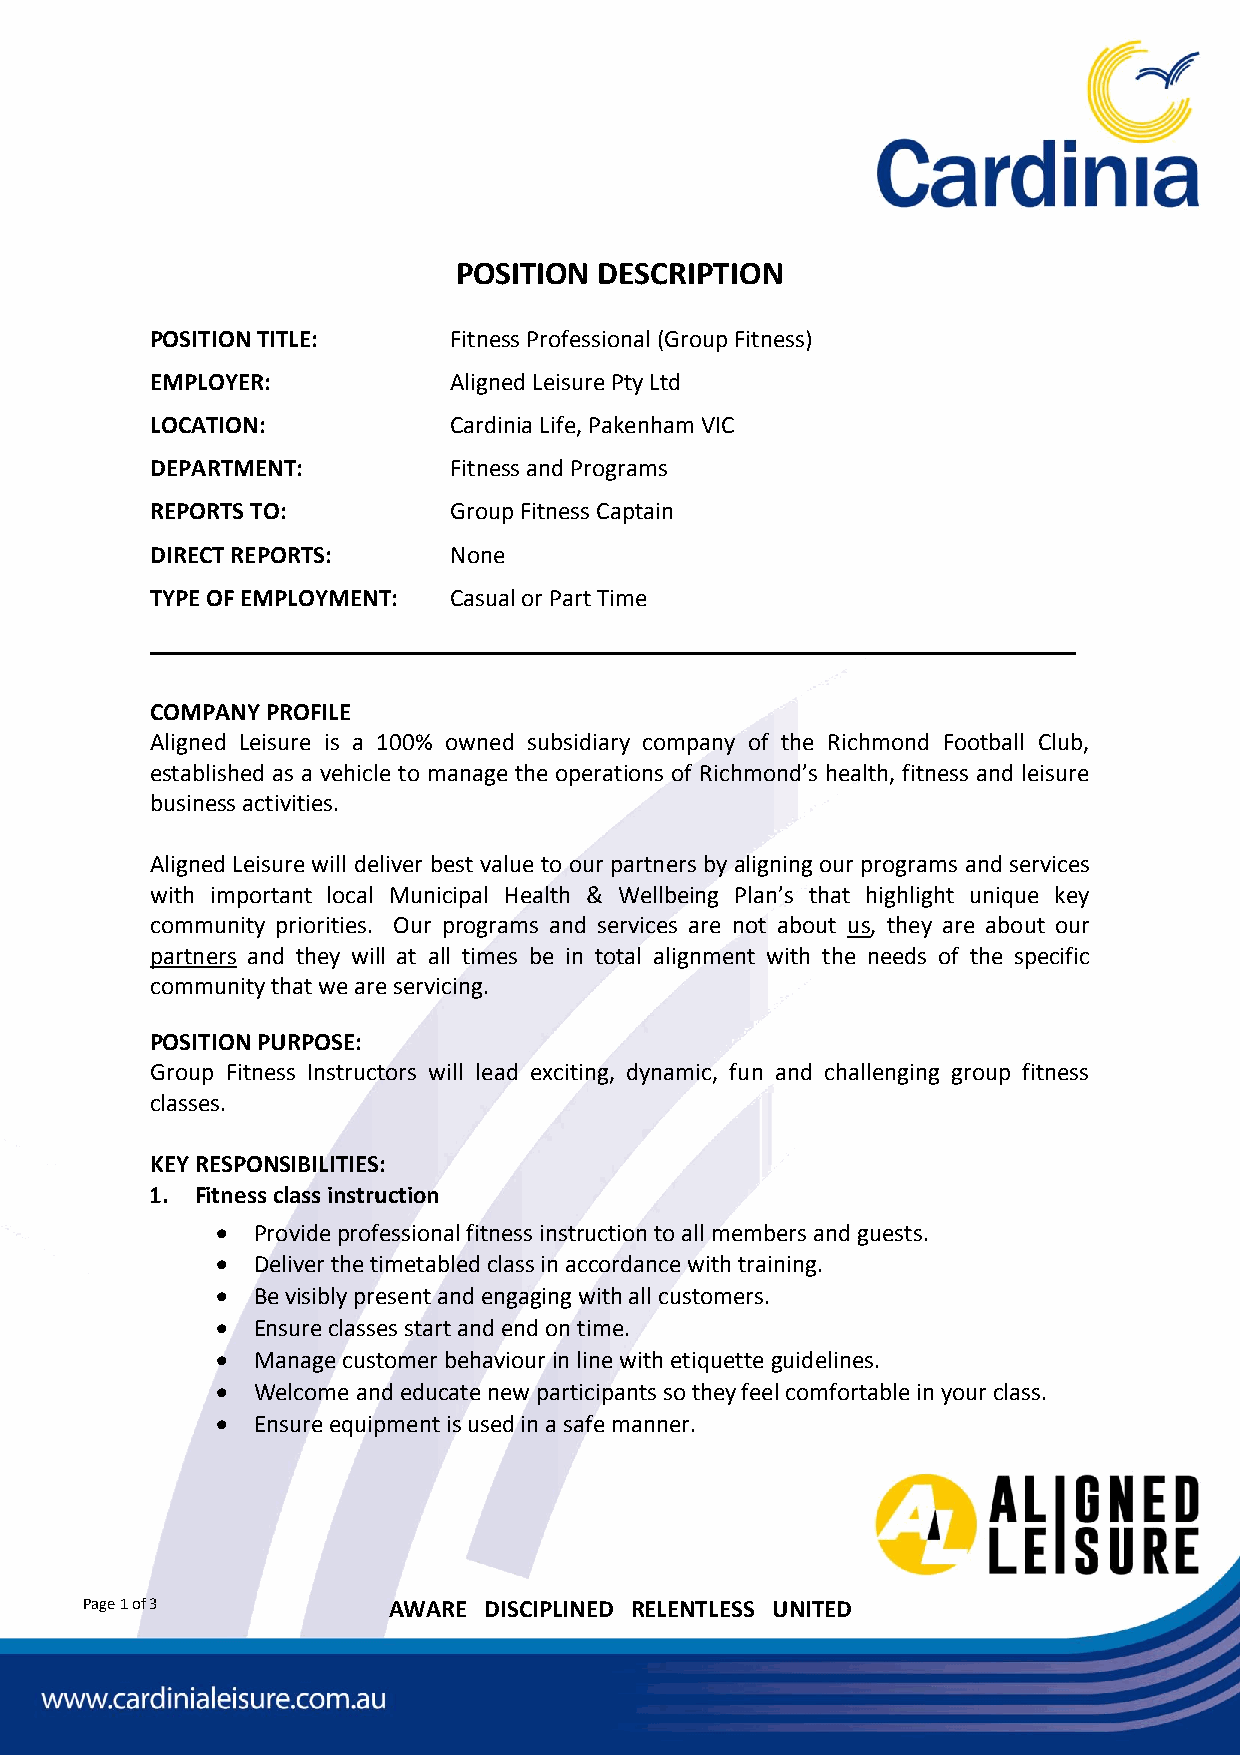
POSITION  DESCRIPTION
 POSITION TITLE:     Fitness Professional (Group Fitness)
 EMPLOYER:           Aligned Leisure Pty Ltd
 LOCATION:           Cardinia Life, Pakenham VIC
 DEPARTMENT:         Fitness and Programs
 REPORTS TO:         Group Fitness Captain
 DIRECT REPORTS:     None
 TYPE OF EMPLOYMENT: Casual or Part Time
 __________________________________________________________________________
 COMPANY PROFILE
 Aligned Leisure is a 100% owned subsidiary company of the Richmond Football Club,
 established as a vehicle to manage the operations of Richmond’s health, fitness and leisure
 business activities.
 Aligned Leisure will deliver best value to our partners by aligning our programs and services
 with important local Municipal Health & Wellbeing Plan’s that highlight unique key
 community priorities. Our programs and services are not about us, they are about our
 partners and they will at all times be in total alignment with the needs of the specific
 community that we are servicing.
 POSITION PURPOSE:
 Group Fitness Instructors will lead exciting, dynamic, fun and challenging group fitness
 classes.
 KEY RESPONSIBILITIES:
 1. Fitness class instruction
   Provide professional fitness instruction to all members and guests.
   Deliver the timetabled class in accordance with training.
   Be visibly present and engaging with all customers.
   Ensure classes start and end on time.
   Manage customer behaviour in line with etiquette guidelines.
   Welcome and educate new participants so they feel comfortable in your class.
   Ensure equipment is used in a safe manner.
 Page 1 of 3          AWARE DISCIPLINED RELENTLESS UNITED